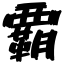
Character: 覇